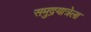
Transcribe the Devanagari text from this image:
समुद्रयात्रेला